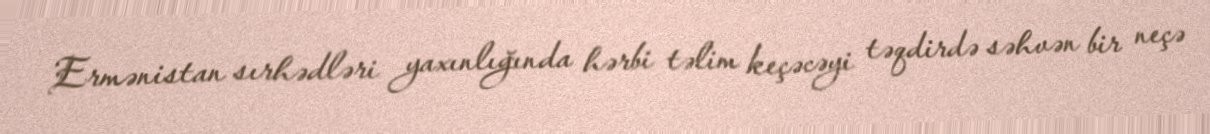
Ermənistan sırhədləri yaxınlığında hərbi təlim keçəcəyi təqdirdə səhvən bir neçə